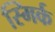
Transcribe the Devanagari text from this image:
स्मिर्क